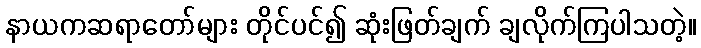
နာယကဆရာတော်များ တိုင်ပင်၍ ဆုံးဖြတ်ချက် ချလိုက်ကြပါသတဲ့။